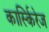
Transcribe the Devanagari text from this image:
कार्स्किरेज